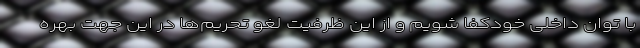
با توان داخلی خودکفا شویم و از این ظرفیت لغو تحریم‌ها در این جهت بهره